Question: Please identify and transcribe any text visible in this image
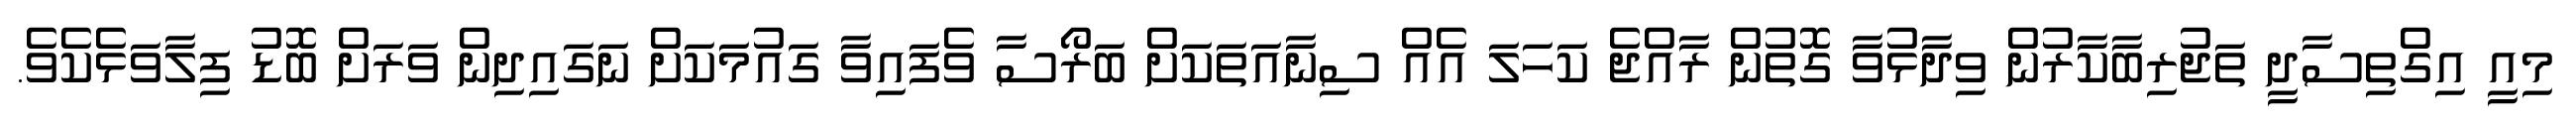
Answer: މިއީ އިގްތިސާދީ ތަޖުރިބާކާރުން ވިދާޅުވާ ގޮތުން ރާއްޖެ ކަހަލަ އެއް ސިނާއަތަކަށް ބަރޯސާ ވެފައިވާ ގައުމަކަށް ނަގައިދިން ވަރަށް ބޮޑު ފިލާވަޅެކެވެ.